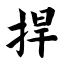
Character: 捍